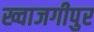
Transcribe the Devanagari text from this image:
ख्वाजगीपुर